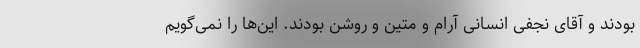
بودند و آقای نجفی انسانی آرام و متین و روشن بودند. این‌ها را نمی‌گویم